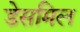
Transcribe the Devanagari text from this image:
डेसमिल